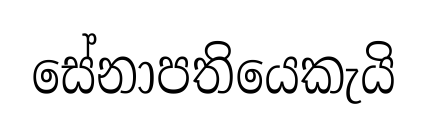
සේනාපතියෙකැයි